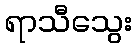
ရာသီသွေး